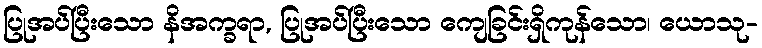
ပြုအပ်ပြီးသော နိအက္ခရာ, ပြုအပ်ပြီးသော ကျေခြင်းရှိကုန်သော၊ ယောသု-